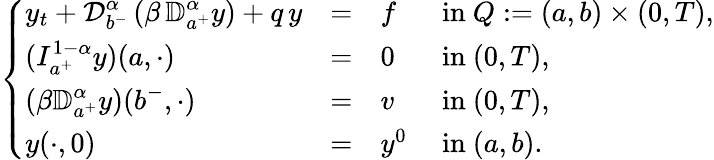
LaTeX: \left\{ \begin{array}{lllllll}{\displaystyle y_{t}+\displaystyle{\mathcal D}_{b^{-}}^{\alpha}\, (\beta\, {\mathbb D}_{a^{+}}^{\alpha}y)+q\, y}&{=}&{f}&{\mathrm{~in~}Q:=(a,b)\times(0,T),}\\ {\displaystyle(I_{a^{+}}^{1-\alpha}y)(a,\cdot)}&{=}&{0}&{\mathrm{~in~}(0,T),}\\ {\displaystyle(\beta{\mathbb D}_{a^{+}}^{\alpha}y)(b^{-},\cdot)}&{=}&{v}&{\mathrm{~in~}(0,T),}\\ {\displaystyle y(\cdot,0)}&{=}&{y^{0}}&{\mathrm{~in~}(a,b).}\end{array}\right.